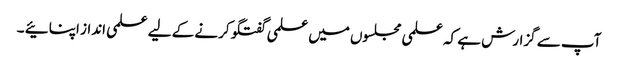
آپ سے گزارش ہے کہ علمی مجلسوں میں علمی گفتگو کرنے کے لیے علمی انداز اپنائیے ۔